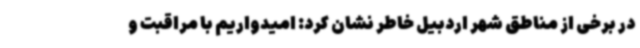
در برخی از مناطق شهر اردبیل خاطر نشان کرد: امیدواریم با مراقبت و